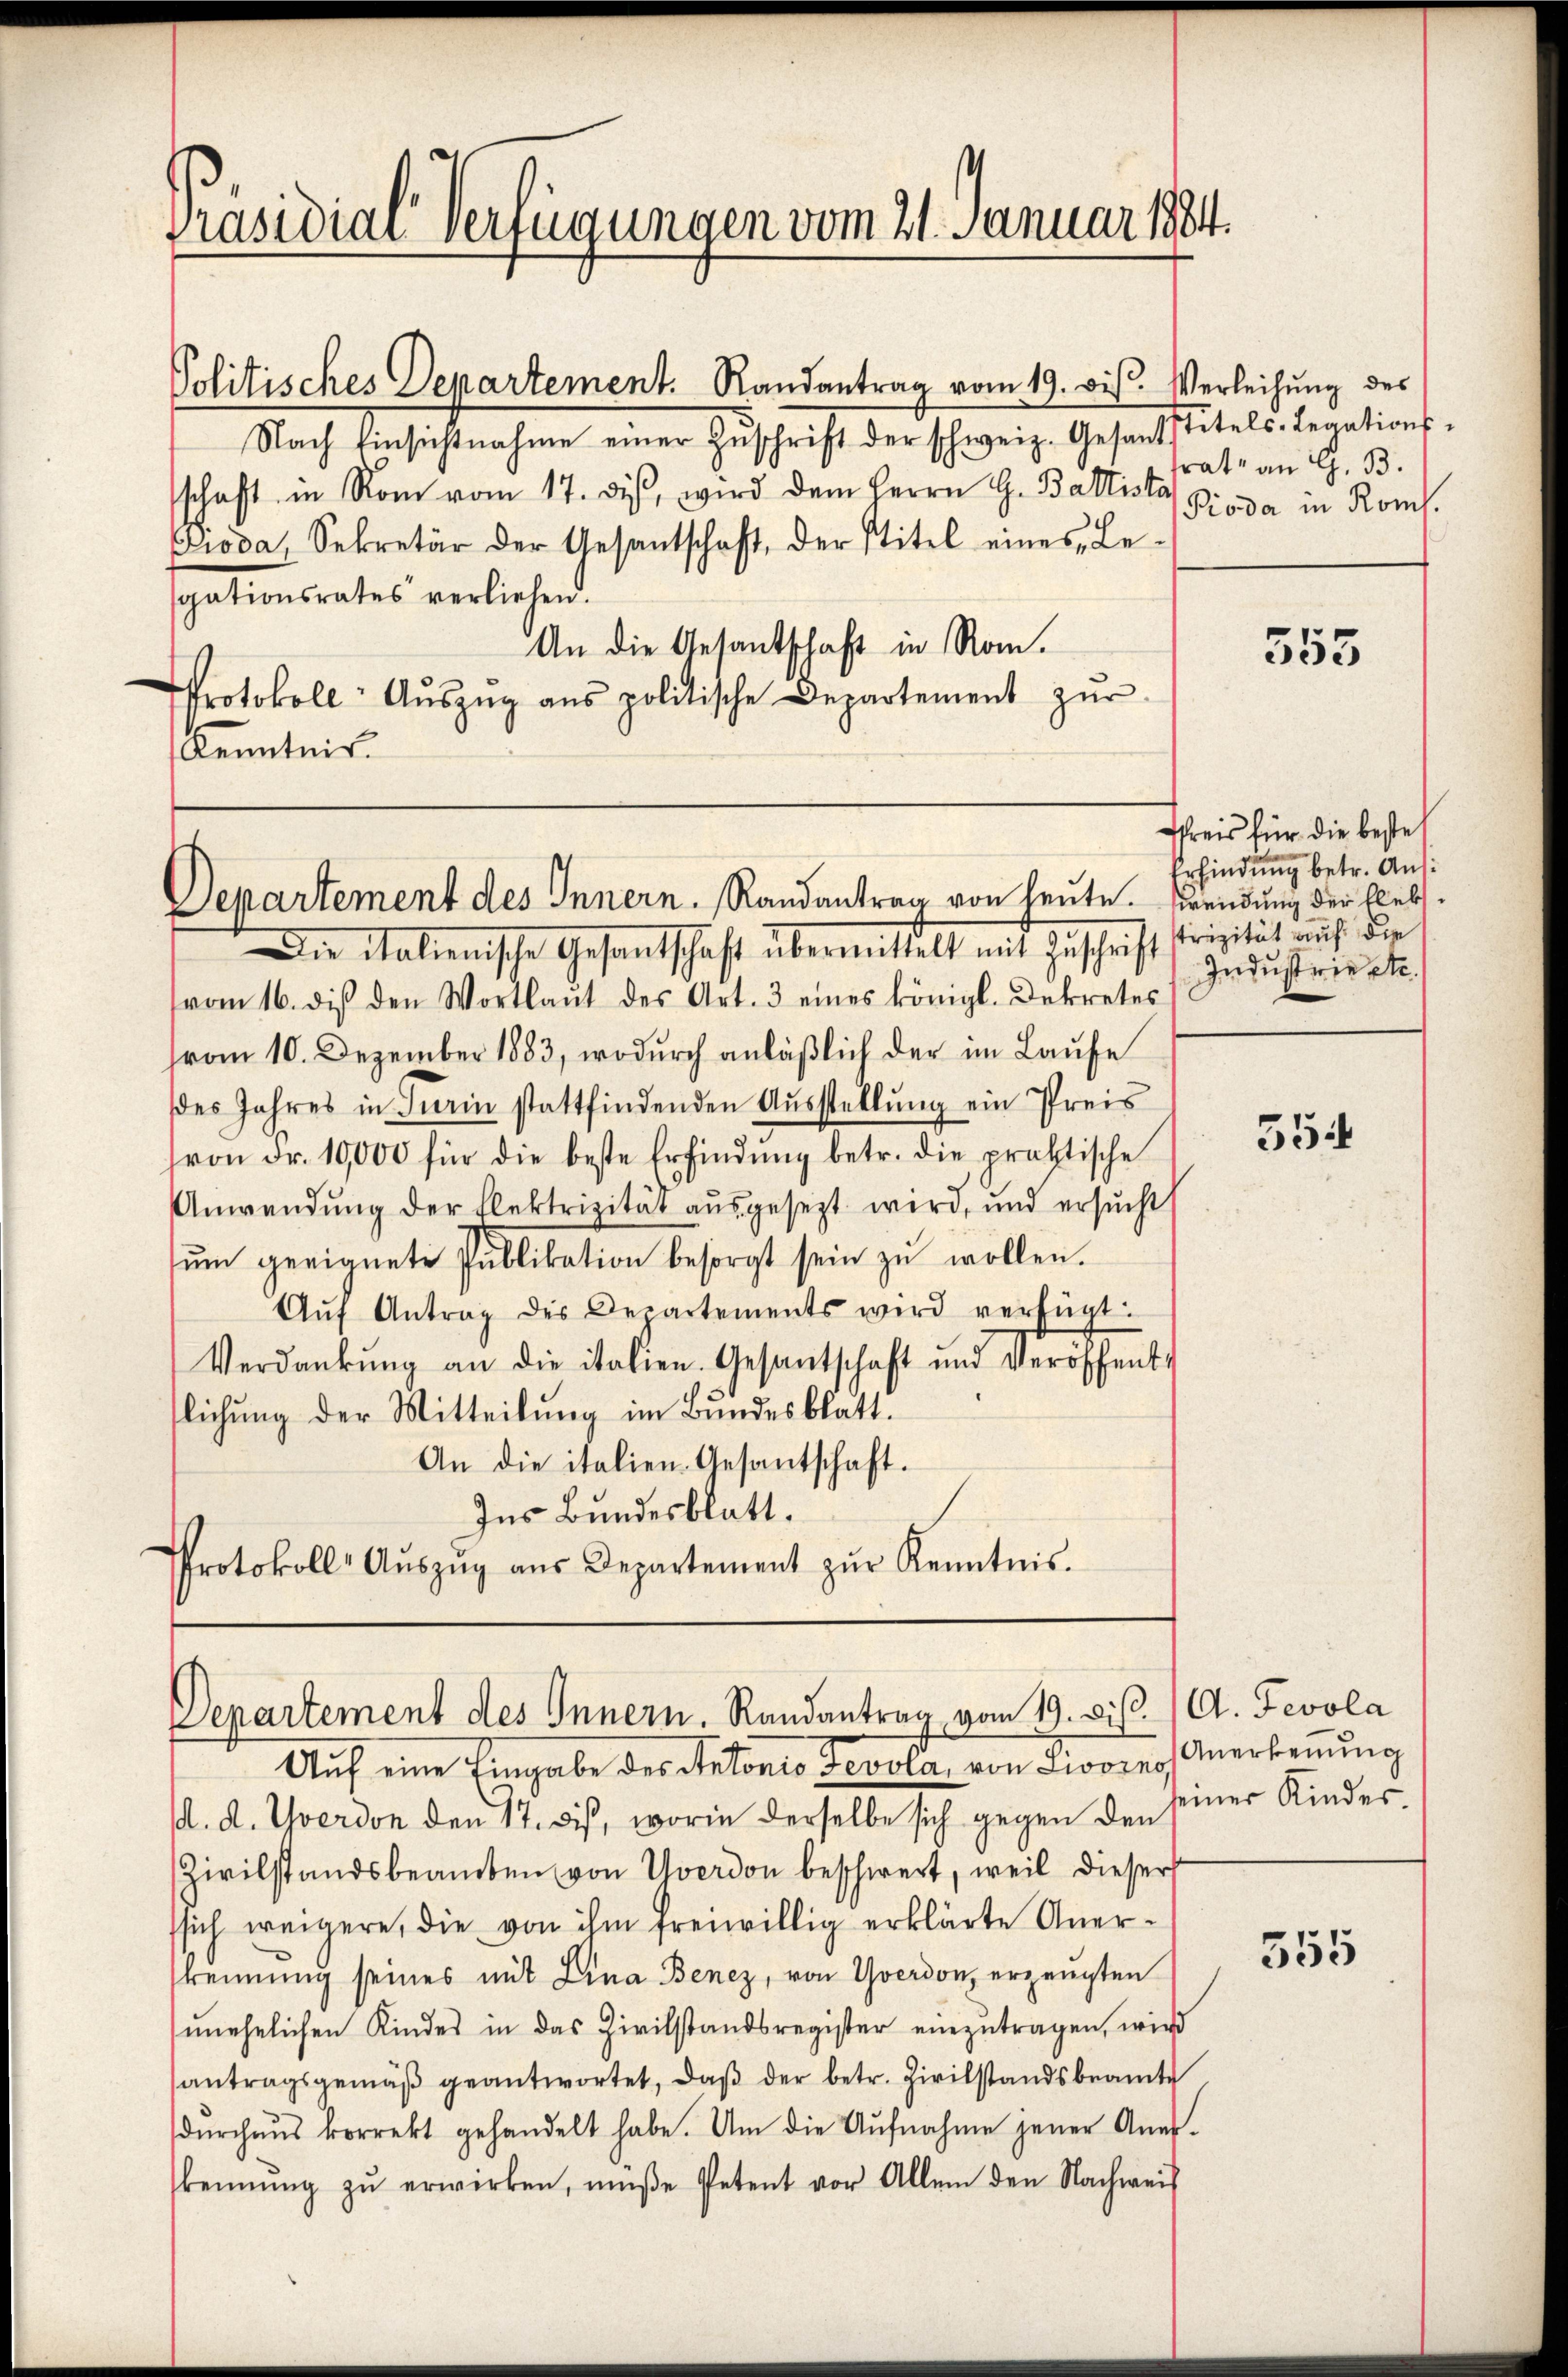
Präsidial-Verfügungen vom 21. Januar 1884.

Politisches Departement. Randantrag vom 19. bis. Verleihung des
Nach Einsichtnahme einer Zŭschrift der schweiz. Gesantstetels-Legations-
schaft in Rom vom 17. diβ wird dem Herrn G. Baltista
Dioda, Sekretär der Gesantschaft, der Stitel eines Le-
gationsrates verliehen.
An die Gesandtschaft in Rom.
Protokoll- Aŭszŭg ans politische Departement zŭr
Kenntnis.

Departement des Innern. Randantrag von heute. Wendung der Eleb¬

Departement des Innern. Randantrag vom 19. diβ.

Die Malienische Gesandtschaft übermittelt mit Zuschrift
vom 16. diβ den Wortlaut des Art. 3 eines königl. Dekretes
vom 10. Dezember 1883, wodurch anläßlich der im Laufe
des Jahres in Turin stattfindenden Aŭsstellŭng ein Preis
von Fr. 10,000 für die beste Erfindŭng betr. die praktische
Anwendung der Elektrizität ausgesezt wird, und ersŭcht
ŭm geeignete Publikation besorgt sein zŭ wollen.
Aŭf Antrag des Departements wird verfügt:
Verdankŭng an die italien. Gesantschaft und Veröffent-
flichung der Mitteilung im Bundesblatt.
An die italien-Gesantschaft.
Ins Bundesblatt.
Protokoll- Aŭszŭg aŭs Departement zŭr Kenntnis.

rate an G. B.
Pioda in Rom.

Auf eine Eingabe des Antonio Bevola, von Pioving
d. d. Yverdon den 17. bis, worin derselbe sich gegen den seiner Kinder-
Zivilstandsbeamten von Yverdon beschwert, weil dieser
ssich weigere, die von ihm freiwillig erklärte Anerkennung seines mit Lina Benez, von Yverdon, erzeugten
unehelichen Kindes in das Zivilstandsregister einzutragen, wird
antragsgemäβ geantwortet, daβ der betr. Zivilstandsbeamte
dŭrchaus korrekt gehandelt habe. Um die Aŭfnahme jener Aner-
kennung zŭ erwirken, müße Petent vor Allem den Nachweis

555

Preis für die besteh
Erfindung betr. Austrizität auf die
Industrie etc.

554

A. Fevola
Anerkennung

355